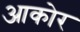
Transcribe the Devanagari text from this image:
आकोर